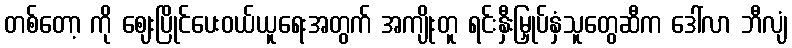
တစ်တော့ ကို ဈေးပြိုင်ပေးဝယ်ယူရေးအတွက် အကျိုးတူ ရင်းနှီးမြှုပ်နှံသူတွေဆီက ဒေါ်လာ ဘီလျံ